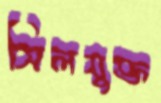
সিলযুক্ত